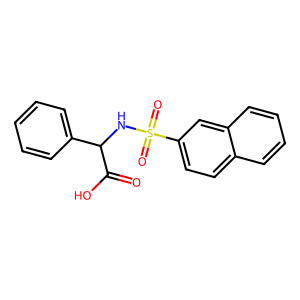
SMILES: O=C(O)C(NS(=O)(=O)c1ccc2ccccc2c1)c1ccccc1
Inhibits HIV replication: No